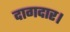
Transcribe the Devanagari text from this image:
दागदार।